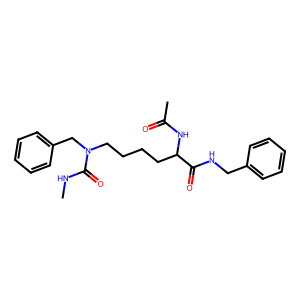
SMILES: CNC(=O)N(CCCCC(NC(C)=O)C(=O)NCc1ccccc1)Cc1ccccc1
Inhibits HIV replication: No